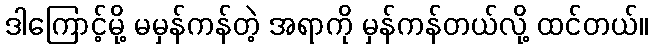
ဒါကြောင့်မို့ မမှန်ကန်တဲ့ အရာကို မှန်ကန်တယ်လို့ ထင်တယ်။